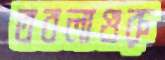
তবলাগুরু